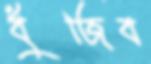
বুঁজিব